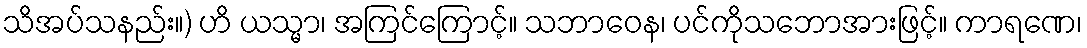
သိအပ်သနည်း။) ဟိ ယသ္မာ၊ အကြင်ကြောင့်။ သဘာဝေန၊ ပင်ကိုသဘောအားဖြင့်။ ကာရဏေ၊